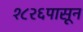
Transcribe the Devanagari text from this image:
१८२६पासून